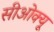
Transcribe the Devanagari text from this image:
सीओक्यू